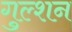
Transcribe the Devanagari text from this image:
गुल्शन